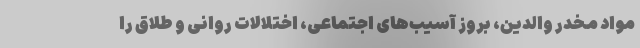
مواد مخدر والدین، بروز آسیب‌های اجتماعی، اختلالات روانی و طلاق را